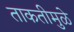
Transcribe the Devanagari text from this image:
ताकतीमुळे